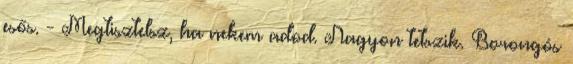
esős. - Megtisztelsz, ha nekem adod. Nagyon tetszik. Borongós